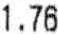
1.76